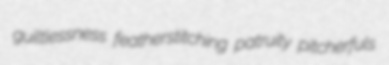
guiltlessness featherstitching patruity pitcherfuls